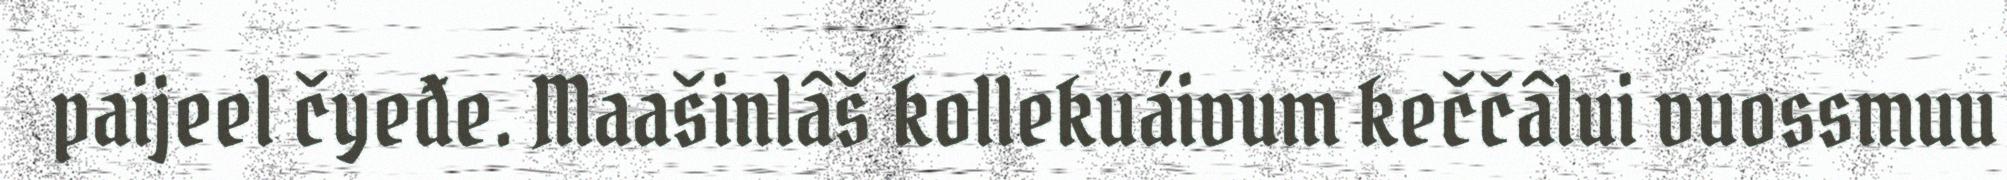
paijeel čyeđe. Maašinlâš kollekuáivum keččâlui vuossmuu